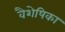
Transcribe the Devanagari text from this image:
वैशेषिका